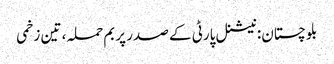
بلوچستان: نیشنل پارٹی کے صدر پر بم حملہ، تین زخمی